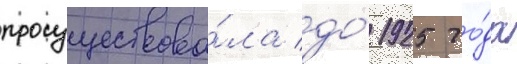
просуществова́ла до́ 1925 го́да